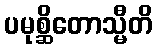
ပမုစ္ဆိတောသ္မီတိ